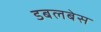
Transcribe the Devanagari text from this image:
डबलबेस